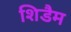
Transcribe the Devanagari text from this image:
शिडैम